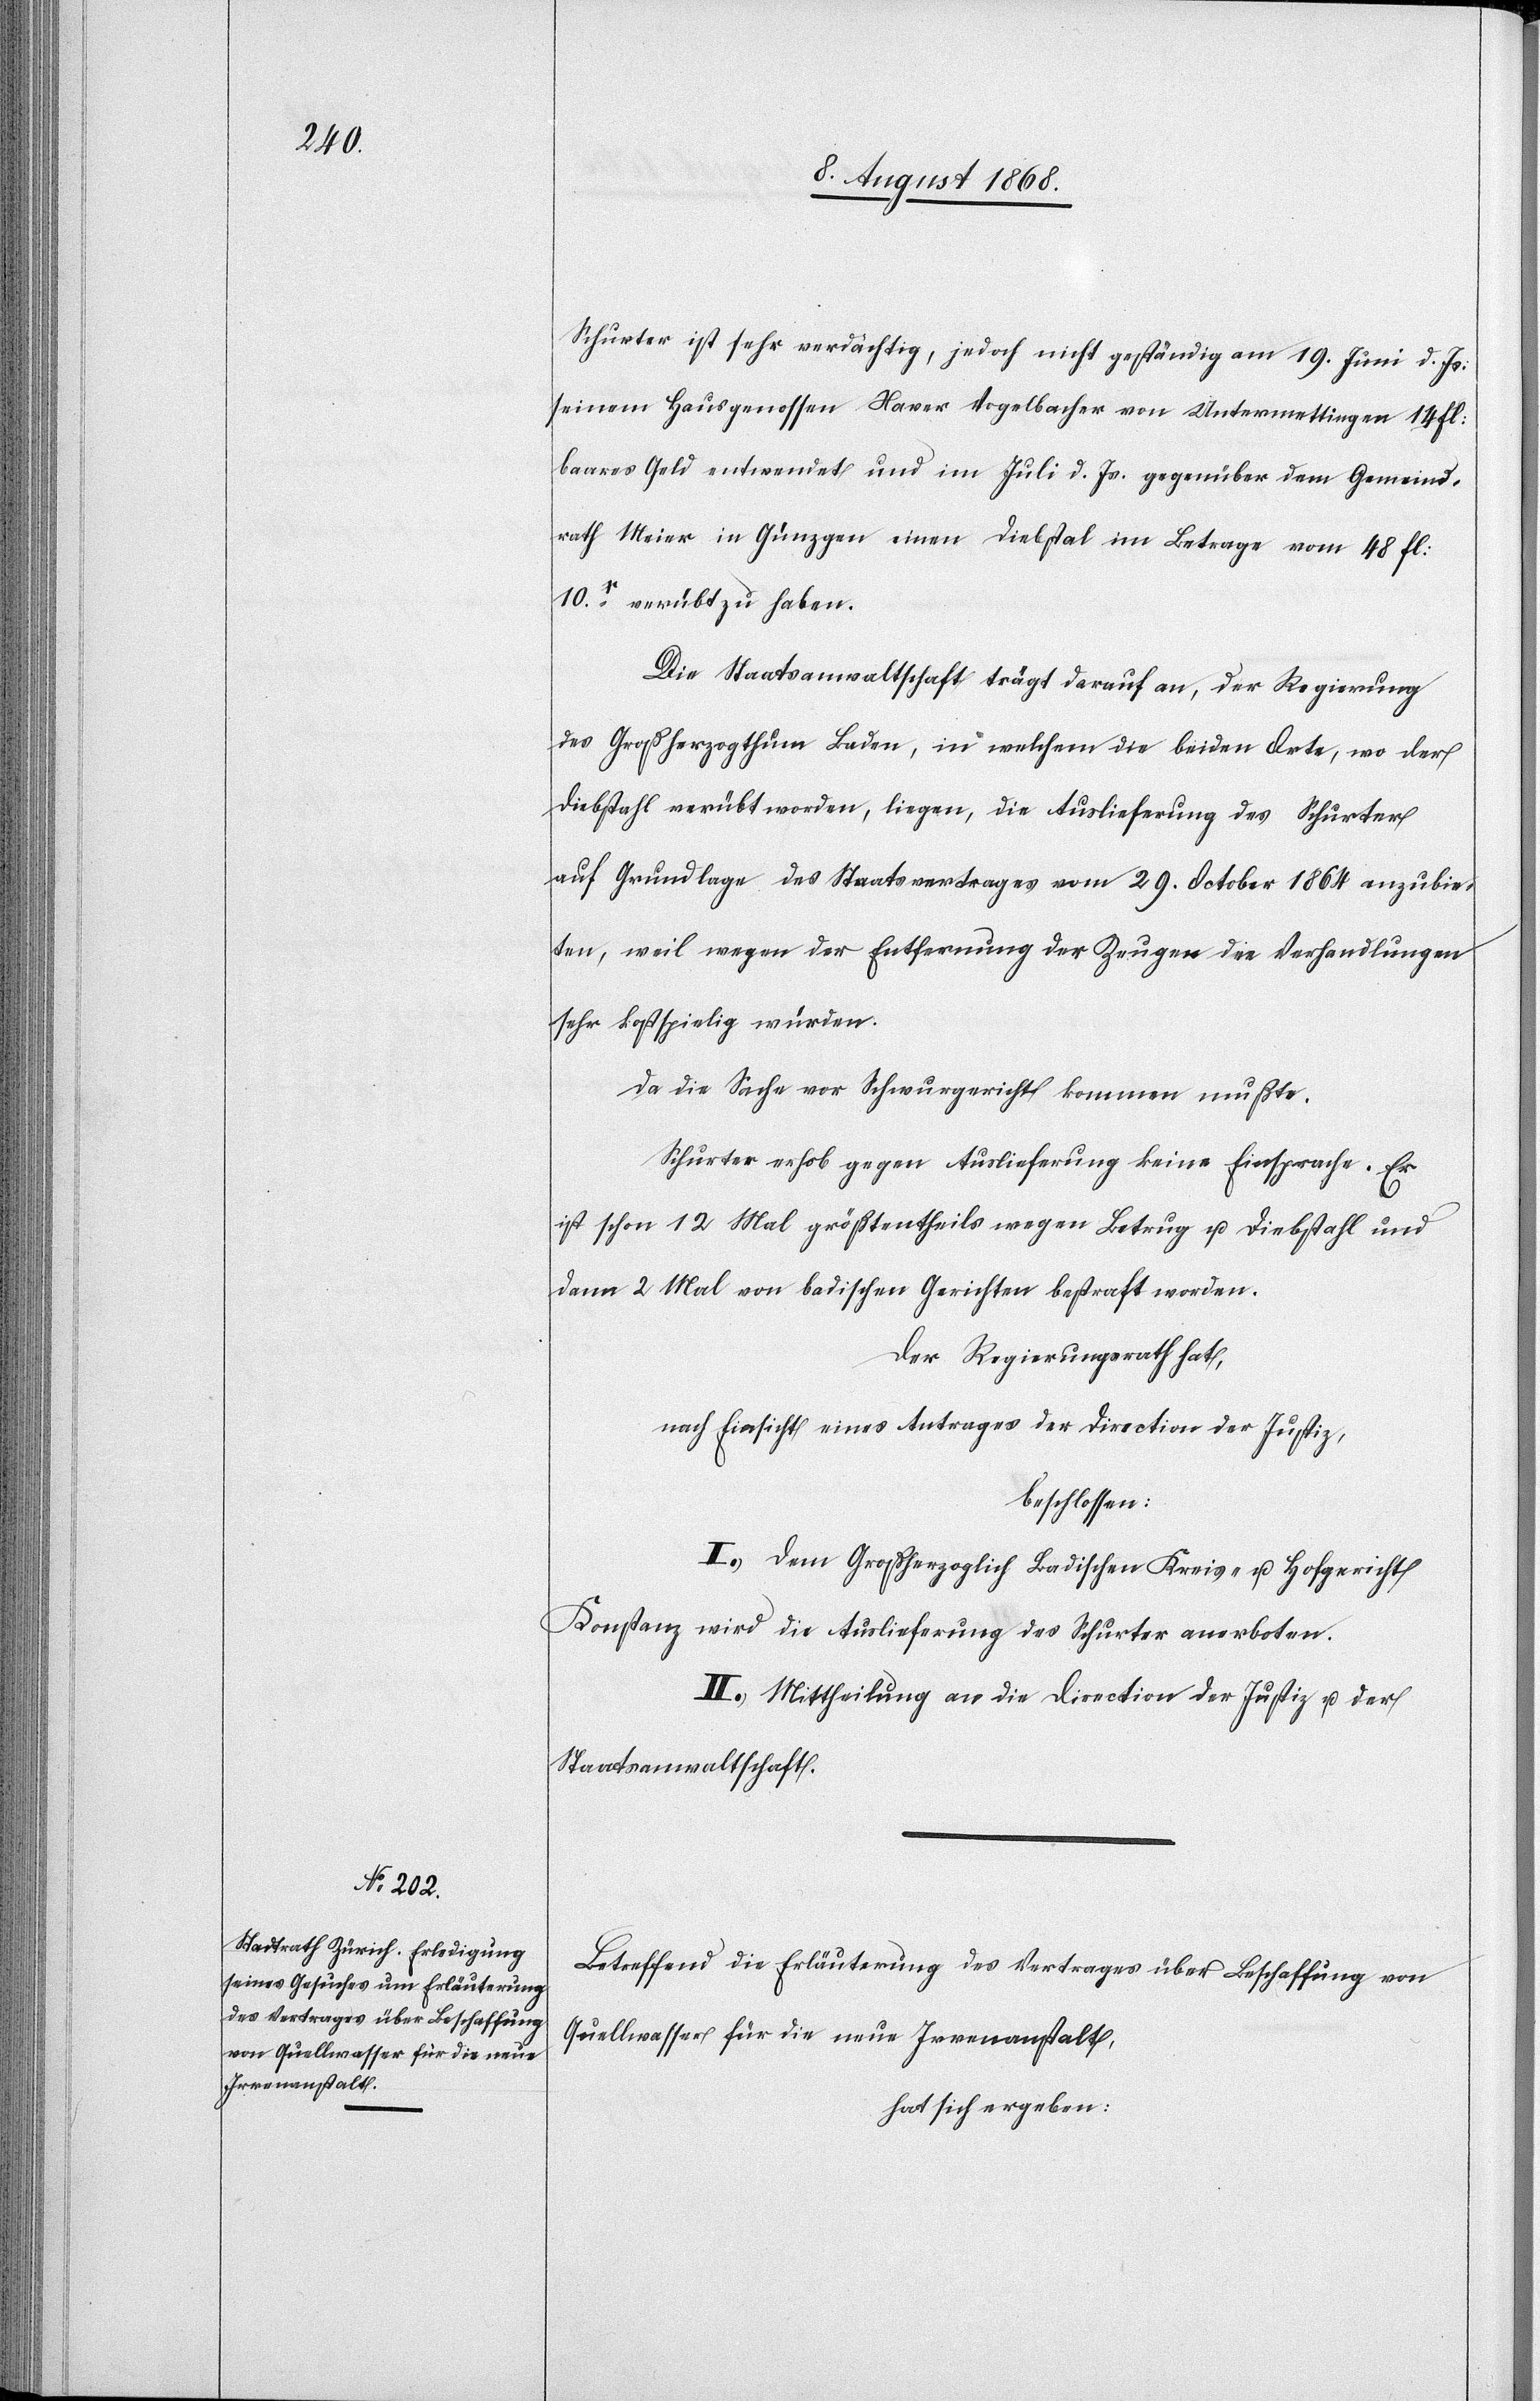
Schurter ist sehr verdächtig, jedoch nicht geständig am 19. Juni d. Js:
seinem Hausgenossen Xaver Vogelbacher von Untermettingen 14 fl:
baares Geld entwendet und im Juli d. Js. gegenüber dem Gemeind¬
rath Meier in Günzgen einen Diebstal im Betrage vom [sic!]
10x. verübt zu haben.
Die Staatsanwaltschaft trägt darauf an, der Regierung
des Großherzogthum Baden, in welchem die beiden Orte, wo der
Diebstahl verübt worden, liegen, die Auslieferung des Schurter
auf Grundlage des Staatsvertrages vom 29. October 1864 anzubie¬
ten, weil wegen der Entfernung der Zeugen die Verhandlungen
sehr kostspielig würden.
Da die Sache vor Schwurgericht kommen mußte.
Schurter erhob gegen Auslieferung keine Einsprache. Er
ist schon 12 Mal größtentheils wegen Betrug u. Diebstahl und
dann 2 Mal von badischen Gerichten bestraft worden.
Der Regierungsrath hat,
nach Einsicht eines Antrages der Direction der Justiz,
beschlossen:
I.) Dem Großherzoglich Badischen Kreis- u. Hofgericht
Konstanz wird die Auslieferung des Schurter anerboten.
II.) Mittheilung an die Direction der Justiz u. der
Staatsanwaltschaft.
Betreffend die Erläuterung des Vertrages über Beschaffung von
Quellwasser für die neue Irrenanstalt,
hat sich ergeben: